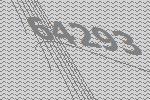
64293